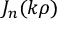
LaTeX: J _ { n } ( k \rho )